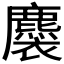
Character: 𧞯